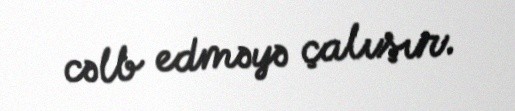
cəlb edməyə çalışır.